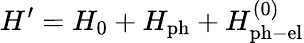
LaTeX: H^{\prime}=H_{0}+H_{\mathrm{ph}}+H_{\mathrm{ph-el}}^{\mathrm{(0)}}